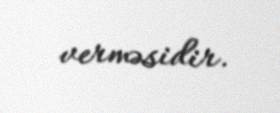
verməsidir.